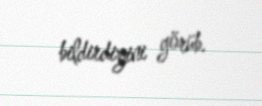
bildirdiyini görüb.